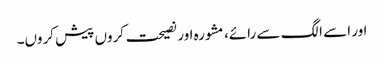
اور اسے الگ سے رائے، مشورہ اور نصیحت کروں پیش کروں۔